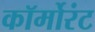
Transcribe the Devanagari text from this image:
कॉर्मोरंट